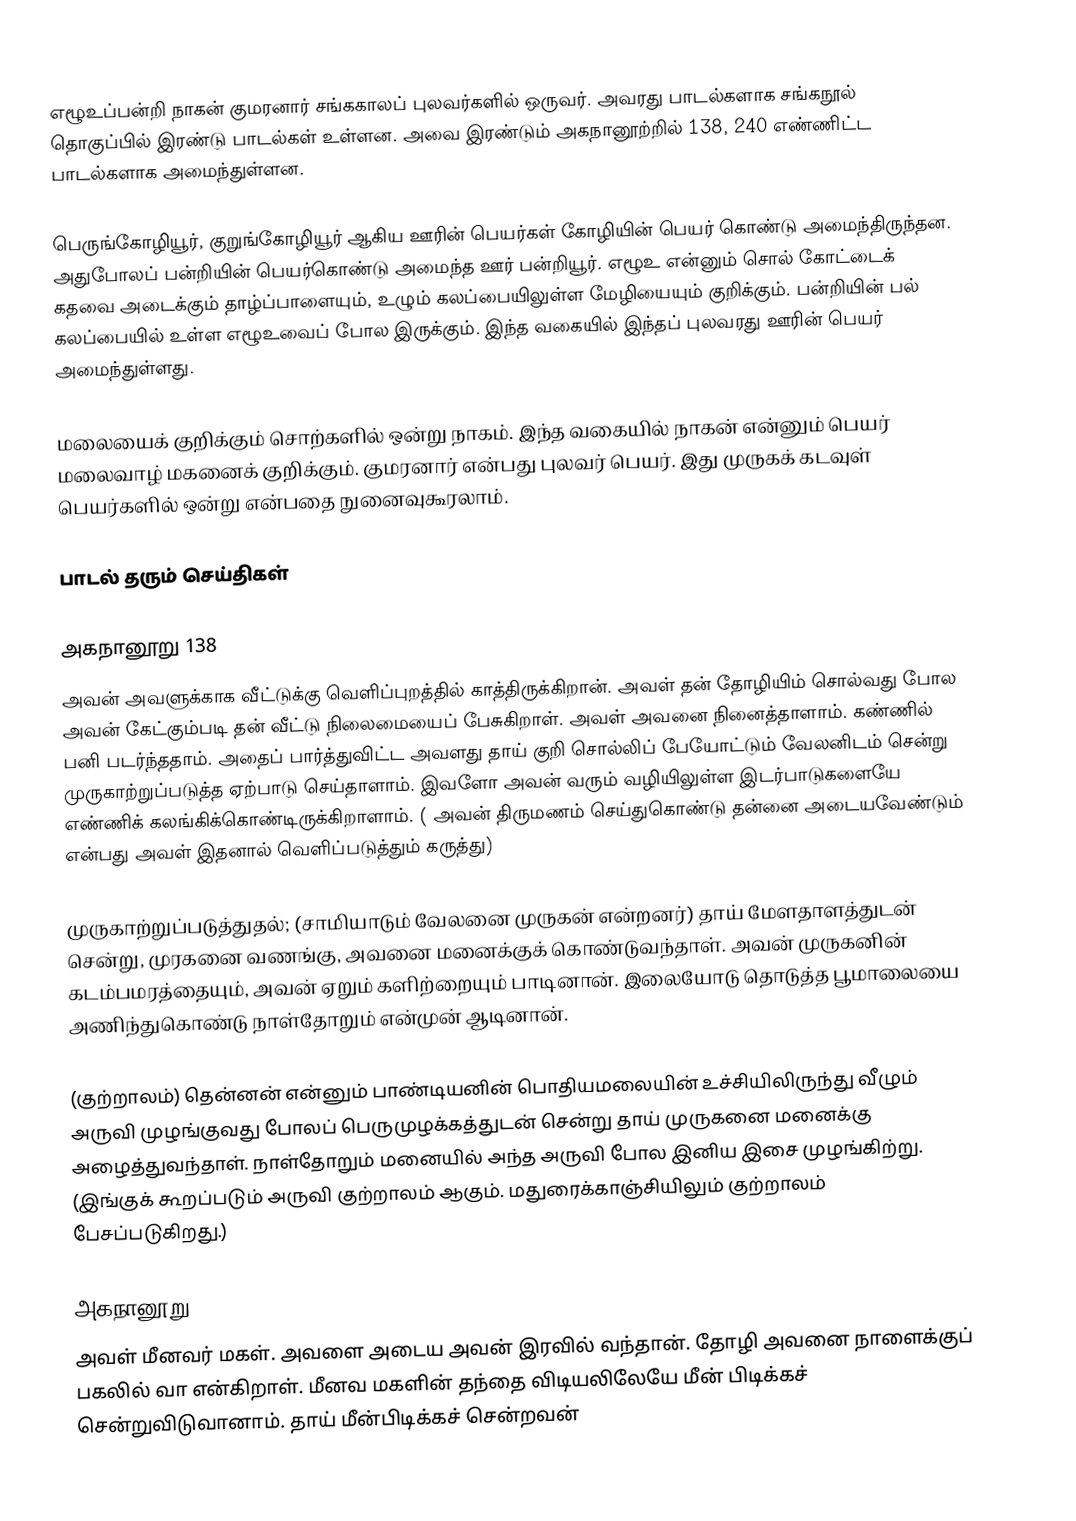
எழூஉப்பன்றி நாகன் குமரனார் சங்ககாலப் புலவர்களில் ஒருவர். அவரது பாடல்களாக சங்கநூல் தொகுப்பில் இரண்டு பாடல்கள் உள்ளன. அவை இரண்டும் அகநானூற்றில் 138, 240 எண்ணிட்ட பாடல்களாக அமைந்துள்ளன.

பெருங்கோழியூர், குறுங்கோழியூர் ஆகிய ஊரின் பெயர்கள் கோழியின் பெயர் கொண்டு அமைந்திருந்தன. அதுபோலப் பன்றியின் பெயர்கொண்டு அமைந்த ஊர் பன்றியூர். எழூஉ என்னும் சொல் கோட்டைக் கதவை அடைக்கும் தாழ்ப்பாளையும், உழும் கலப்பையிலுள்ள மேழியையும் குறிக்கும். பன்றியின் பல் கலப்பையில் உள்ள எழூஉவைப் போல இருக்கும். இந்த வகையில் இந்தப் புலவரது ஊரின் பெயர் அமைந்துள்ளது.

மலையைக் குறிக்கும் சொற்களில் ஒன்று நாகம். இந்த வகையில் நாகன் என்னும் பெயர் மலைவாழ் மகனைக் குறிக்கும். குமரனார் என்பது புலவர் பெயர். இது முருகக் கடவுள் பெயர்களில் ஒன்று என்பதை நுனைவுகூரலாம்.

பாடல் தரும் செய்திகள்

அகநானூறு 138
அவன் அவளுக்காக வீட்டுக்கு வெளிப்புறத்தில் காத்திருக்கிறான். அவள் தன் தோழியிம் சொல்வது போல அவன் கேட்கும்படி தன் வீட்டு நிலைமையைப் பேசுகிறாள். அவள் அவனை நினைத்தாளாம். கண்ணில் பனி படர்ந்ததாம். அதைப் பார்த்துவிட்ட அவளது தாய் குறி சொல்லிப் பேயோட்டும் வேலனிடம் சென்று முருகாற்றுப்படுத்த ஏற்பாடு செய்தாளாம். இவளோ அவன் வரும் வழியிலுள்ள இடர்பாடுகளையே எண்ணிக் கலங்கிக்கொண்டிருக்கிறாளாம். ( அவன் திருமணம் செய்துகொண்டு தன்னை அடையவேண்டும் என்பது அவள் இதனால் வெளிப்படுத்தும் கருத்து)

முருகாற்றுப்படுத்துதல்; (சாமியாடும் வேலனை முருகன் என்றனர்) தாய் மேளதாளத்துடன் சென்று, முரகனை வணங்கு, அவனை மனைக்குக் கொண்டுவந்தாள். அவன் முருகனின் கடம்பமரத்தையும், அவன் ஏறும் களிற்றையும் பாடினான். இலையோடு தொடுத்த பூமாலையை அணிந்துகொண்டு நாள்தோறும் என்முன் ஆடினான்.

(குற்றாலம்) தென்னன் என்னும் பாண்டியனின் பொதியமலையின் உச்சியிலிருந்து வீழும் அருவி முழங்குவது போலப் பெருமுழக்கத்துடன் சென்று தாய் முருகனை மனைக்கு அழைத்துவந்தாள். நாள்தோறும் மனையில் அந்த அருவி போல இனிய இசை முழங்கிற்று. (இங்குக் கூறப்படும் அருவி குற்றாலம் ஆகும். மதுரைக்காஞ்சியிலும் குற்றாலம் பேசப்படுகிறது.)

அகநானூறு 240
அவள் மீனவர் மகள். அவளை அடைய அவன் இரவில் வந்தான். தோழி அவனை நாளைக்குப் பகலில் வா என்கிறாள். மீனவ மகளின் தந்தை விடியலிலேயே மீன் பிடிக்கச் சென்றுவிடுவானாம். தாய் மீன்பிடிக்கச் சென்றவன்